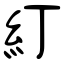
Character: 糽